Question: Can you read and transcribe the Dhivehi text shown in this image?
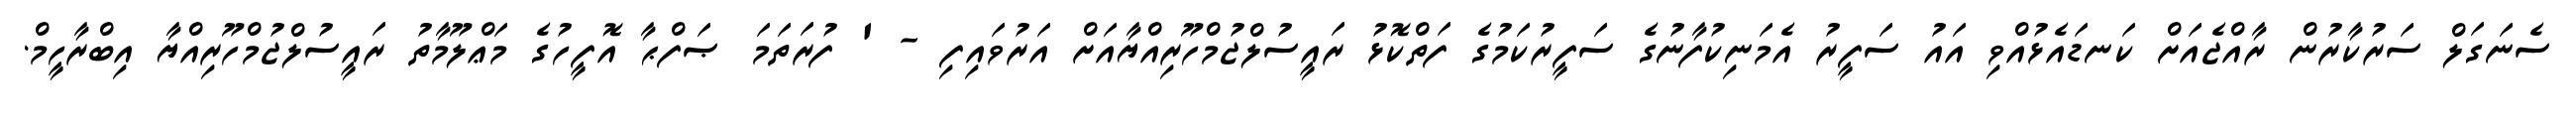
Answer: ސެނަގަލް ސަރުކާރުން ރާއްޖެއަށް ކަނޑައެޅުއްވި އައު ސަފީރު އެމަނިކުފާނުގެ ސަފީރުކަމުގެ ފަތްކޮޅު ރައީސުލްޖުމްހޫރިއްޔާއަށް އަރުވައިފި - ' ފުރަތަމަ ޞަފްޙާ އޮފީހުގެ މަޢްލޫމާތު ރައީސުލްޖުމްހޫރިއްޔާ އިބްރާހީމް.